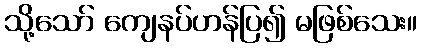
သို့သော် ကျေနပ်ဟန်ပြ၍ မဖြစ်သေး။